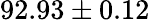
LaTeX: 92.93\pm 0.12